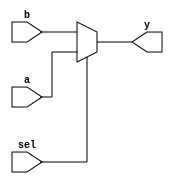
`timescale 1ns / 1ps

module MUX3 #(parameter BITS = 32)(
    output wire [BITS-1:0] y,      //output of mux
    input wire [BITS-1:0] a, b,    //input 1 of mux
    
    //input 0 of mux
    input wire sel  //select input
    );
    
    assign y = sel ? a : b;
    
endmodule